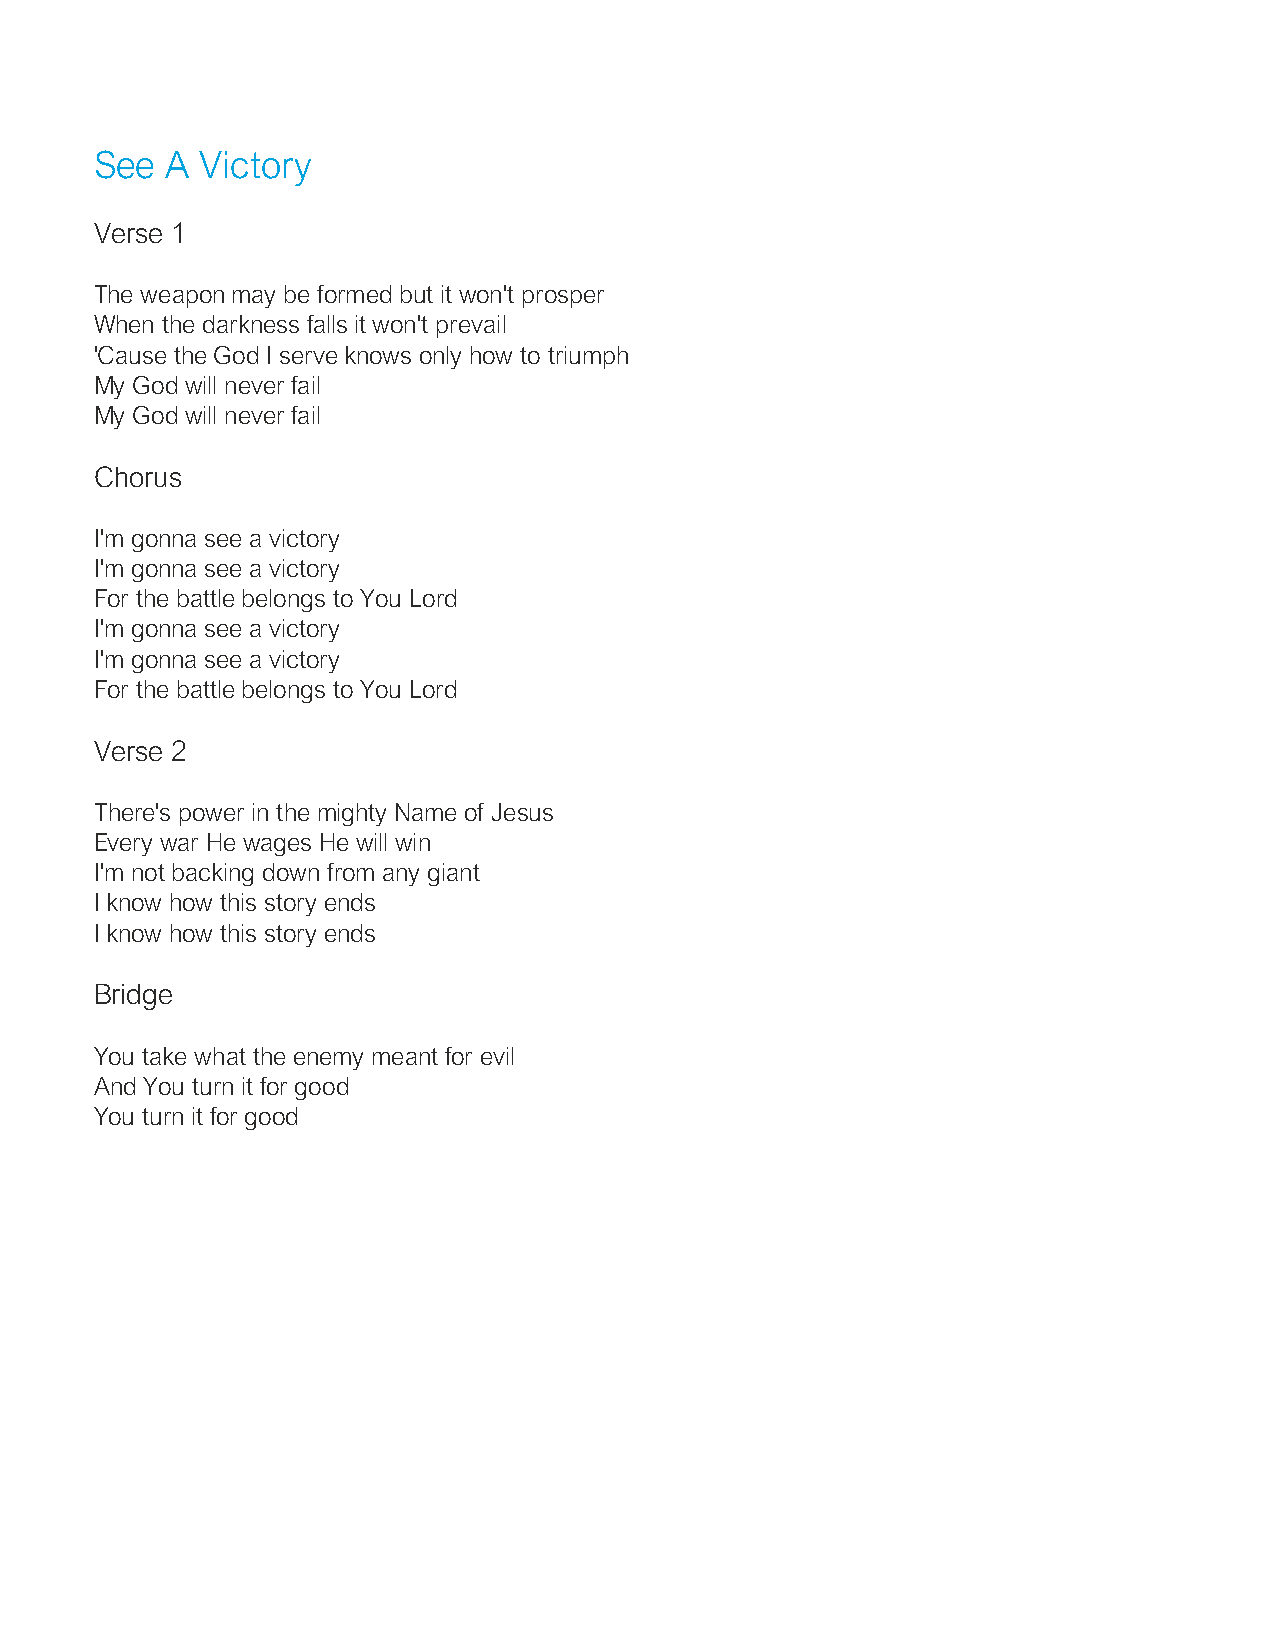
See  A Victory
 Verse 1
 The weapon may be formed but it won't prosper
 When the darkness falls it won't prevail
 'Cause the God I serve knows only how to triumph
 My God will never fail
 My God will never fail
 Chorus
 I'm gonna see a victory
 I'm gonna see a victory
 For the battle belongs to You Lord
 I'm gonna see a victory
 I'm gonna see a victory
 For the battle belongs to You Lord
 Verse 2
 There's power in the mighty Name of Jesus
 Every war He wages He will win
 I'm not backing down from any giant
 I know how this story ends
 I know how this story ends
 Bridge
 You take what the enemy meant for evil
 And You turn it for good
 You turn it for good